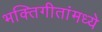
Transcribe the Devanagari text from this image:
भक्तिगीतांमध्ये